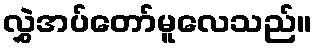
လွှဲအပ်တော်မူလေသည်။